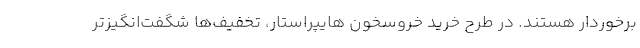
برخوردار هستند. در طرح خرید خروسخون هایپراستار، تخفیف‌ها شگفت‌انگیزتر